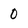
Character: 0